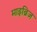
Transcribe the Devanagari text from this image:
माइब्रिज